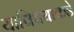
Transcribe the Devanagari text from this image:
याविषयाकडे